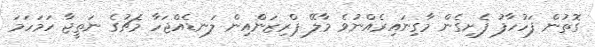
ގޮތުން ފަހުހާފު ފެށިގެން މާގިނައިރެއްނުވެ މާލޭ ޕްރިޒަންއިން ލަނޑެއްޖަހާ މެޗުގެ ނަތީޖާ ހަމަހަމަ